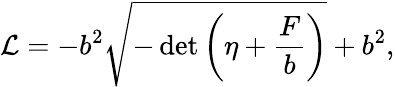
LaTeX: {\mathcal{L}}=-b^{2}{\sqrt{-\operatorname*{det}\left(\eta+{\frac{F}{b}}\right)}}+b^{2},